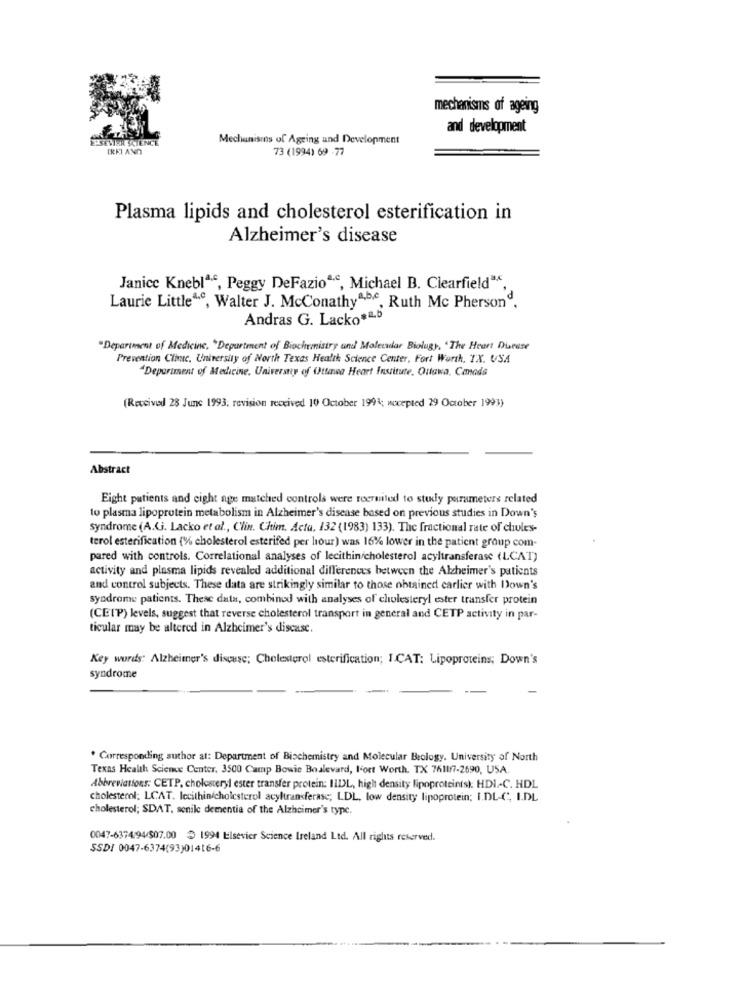
mechanisms of ageing
and development
SEVIER SCIENCE
Mechanisms of Ageing and Development
IREI AND
73 (1994) 69 -77
Plasma lipids and cholesterol esterification in
Alzheimer's disease
Janice Knebla, Peggy DeFazio“c, Michael B. Clearfield".
Laurie Little4.º, Walter J. McConathya,B,C, Ruth Mc Pherson".
Andras G. Lacko+&b
"Department of Medicine, "Department of Biochemistry and Molecadar Biolugy, "The Heart Disease
Prevention Clanc, University of North Texas Health Science Center, Fort Worth, TX. USA
Department of Medicine, University of Ottica Heart Institute, Ottawa, Canada
(Received 28 June 1993; revision received 10 October 1991; nocepted 29 October 1993)
Abstract
Eight patients and eight age matched controls were recruited to study parameters related
to plasma lipoprotein metabolism in Alzheimer's disease based on previous studies in Down's
syndrome (A.Ci. Lacko et al ., Clin. Chim. Acta. 132 (1983) 133). The fractional rate of chules-
terol esterification (%% cholesterol esterifed per hour) was 16% lower in the patient group com-
pared with controls. Correlational analyses of lecithin/cholesterol acyltransferase (LCAT)
activity and plasma lipids revealed additional differences between the Alzheimer's patients
and control subjects. These data are strikingly similar to those obtained carlier with Down's
syndrome patients. These data, combined with analyses of cholesteryl ester transfer protein
(CEIP) levels, suggest that reverse cholesterol transport in general and CETP activity in par-
ticular may be altered in Alzheimer's disease.
Key words: Alzheimer's discuse; Cholesterol esterification; I.CAT: Lipoproteins; Down's
syndrome
. Corresponding suthor at: Department of Biochemistry and Molecular Biology. University of North
Texas Health Science Center, 3500 Camp Bowie Boulevard, fort Worth, TX 7611/7-2690, USA.
Abbreviations: CETP, cholosceryl ester transfer protein: ILDL, high density lipoproteints): HDI-C. HDL
cholesterol; LCAT. lecithin/cholesterol acyltransferase; LDL, low density lipoprotein; I.DL-C, I.DL
cholesterol; SDAT, senile dementia of the Alzheimer's type.
0047-6374-94/507.00 $ 1994 Elsevier Science Ireland Ltd. All rights reserved.
SSD/ 0047-6374(93)01416-6